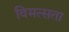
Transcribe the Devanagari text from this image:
विमत्सता